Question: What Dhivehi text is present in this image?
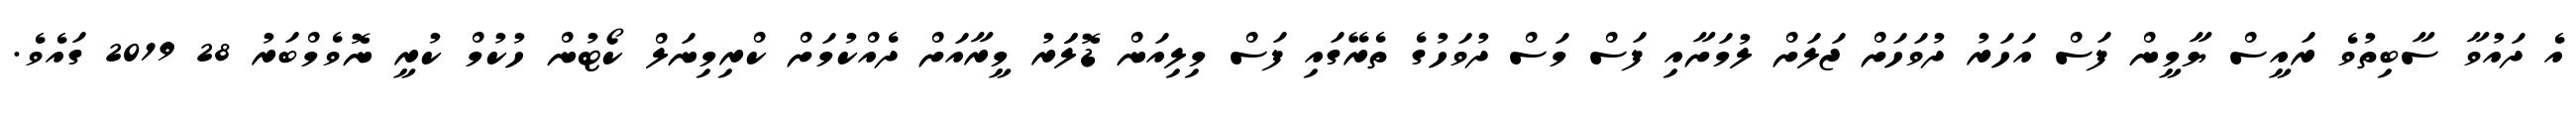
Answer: އެ ދައުވާ ސާބިތުވެ ރައީސް ޔާމީން ފަސް އަހަރު ދުވަހަށް ޖަލަށް ލުމަށާއި ފަސް މަސް ދުވަހުގެ ތެރޭގައި ފަސް މިލިއަން ޑޮލަަރު މީރާއަށް ދެއްކުމަށް ކްރިމިނަލް ކޯޓުން ހުކުމް ކުރީ ނޮވެމްބަރު 28 2019 ގައެވެ.